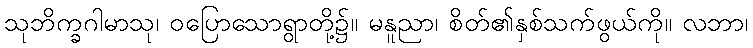
သုဘိက္ခဂါမာသု၊ ဝပြောသောရွာတို့၌။ မနူညာ၊ စိတ်၏နှစ်သက်ဖွယ်ကို။ လဘာ၊